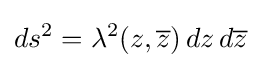
ds^{2}=\lambda ^{2}(z,{\overline {z}})\,dz\,d{\overline {z}}